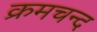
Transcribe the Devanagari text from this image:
क्रमचन्द